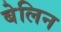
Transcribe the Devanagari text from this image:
बेलिन